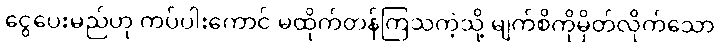
ငွေပေးမည်ဟု ကပ်ပါးကောင် မထိုက်တန်ကြသကဲ့သို့ မျက်စိကိုမှိတ်လိုက်သော